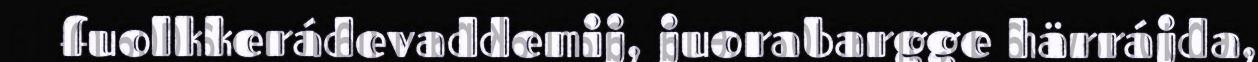
fuolkkerádevaddemij, juorabargge härrájda,